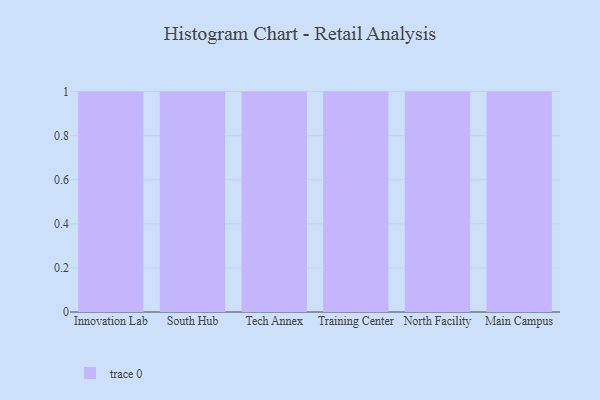
{"axis": {"x": "Campus", "y": "Active Users"}, "legend": [""], "data": [{"x": "Innovation Lab", "y": 73, "type": ""}, {"x": "South Hub", "y": 72, "type": ""}, {"x": "Tech Annex", "y": 45, "type": ""}, {"x": "Training Center", "y": 57, "type": ""}, {"x": "North Facility", "y": 23, "type": ""}, {"x": "Main Campus", "y": 59, "type": ""}]}